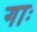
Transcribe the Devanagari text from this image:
गाः